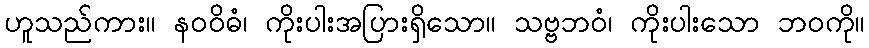
ဟူသည်ကား။ နဝဝိဓံ၊ ကိုးပါးအပြားရှိသော။ သဗ္ဗဘဝံ၊ ကိုးပါးသော ဘဝကို။